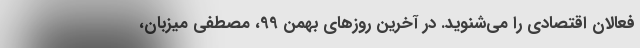
فعالان اقتصادی را می‌شنوید. در آخرین روزهای بهمن 99، مصطفی میزبان،